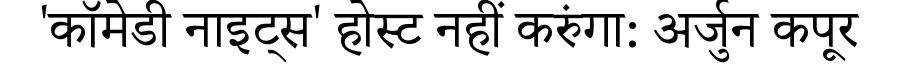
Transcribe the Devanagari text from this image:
'कॉमेडी नाइट्स' होस्ट नहीं करुंगा: अर्जुन कपूर